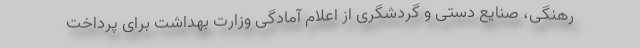
رهنگی، صنایع دستی و گردشگری از اعلام آمادگی وزارت بهداشت برای پرداخت